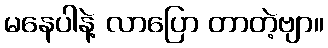
မနေပါနဲ့ လာပြော တာတဲ့ဗျာ။